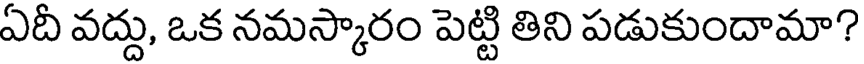
ఏదీ వద్దు, ఒక నమస్కారం పెట్టి తిని పడుకుందామా?